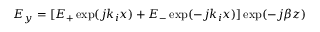
E _ { y } = [ E _ { + } \exp ( j k _ { i } x ) + E _ { - } \exp ( - j k _ { i } x ) ] \exp ( - j \beta z )